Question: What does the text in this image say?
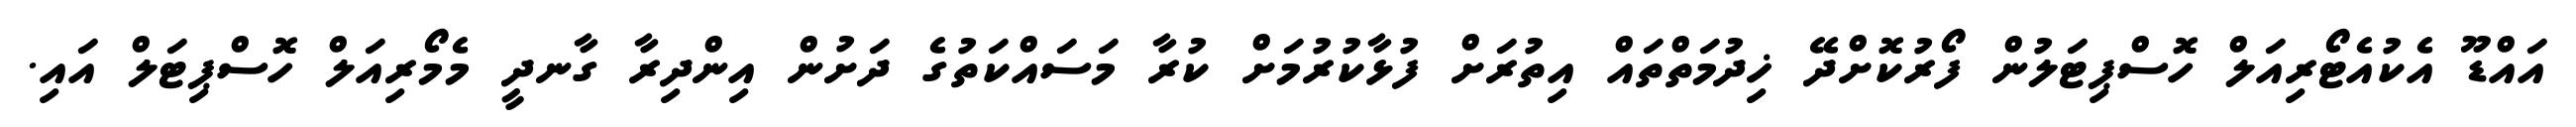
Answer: އައްޑޫ އެކުއެޓޯރިއަލް ހޮސްޕިޓަލުން ފޯރުކޮށްދޭ ޚިދުމަތްތައް އިތުރަށް ފުޅާކުރުމަށް ކުރާ މަސައްކަތުގެ ދަށުން އިންދިރާ ގާނދީ މެމޯރިއަލް ހޮސްޕިޓަލް އައި.